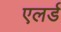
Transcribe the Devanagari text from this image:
एलर्ड